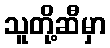
သူတို့ဆီမှာ